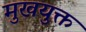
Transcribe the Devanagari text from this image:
मुखयुक्त